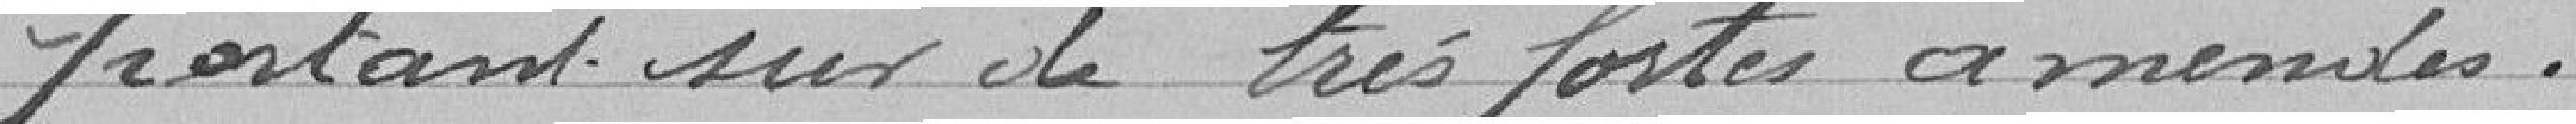
portant sur de très fortes amendes.